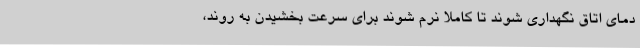
دمای اتاق نگهداری شوند تا کاملا نرم شوند برای سرعت بخشیدن به روند‌،